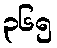
၃၆၅